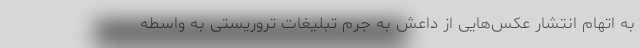
به اتهام انتشار عکس‌هایی از داعش به جرم تبلیغات تروریستی به واسطه